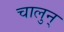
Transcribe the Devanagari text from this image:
चालुन्